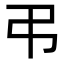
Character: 弔